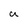
Character: u